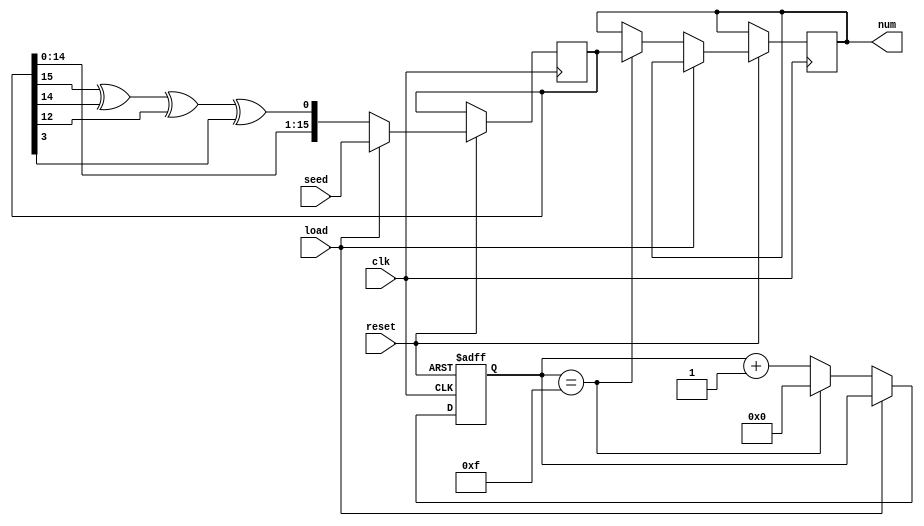
// Fibonacci LFSR based 16-bit ranbom number generator

`timescale 1ns / 1ns // `timescale time_unit/time_precision

module rng(
	input [15:0] seed,
	input load,
	input clk,
	input reset,
	output reg [15:0] num
	);

	reg [15:0] LFRS_reg;
	reg [3:0] count;

	// Taps taken from Table 3 http://www.xilinx.com/support/documentation/application_notes/xapp052.pdf
	wire feedback;
	assign feedback = LFRS_reg[15] ^ LFRS_reg[14] ^ LFRS_reg[12] ^ LFRS_reg[3];
	
	always @(posedge clk or negedge reset) begin
		if (~reset) begin  // DO NOT RESET THE SEED
			count <= 4'd0;
		end
		else begin
			if (load)
				LFRS_reg <= seed;
			else begin
				LFRS_reg <= {LFRS_reg[14:0], feedback};  // Shift
				count <= count + 1'b1;

				if (count == 15) begin
					count <= 4'd0;  // Resetting counter
					num <= LFRS_reg;
				end
			end
		end
	end
endmodule